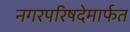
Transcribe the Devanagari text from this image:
नगरपरिषदेमार्फत